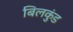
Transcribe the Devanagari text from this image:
बिलकुंड